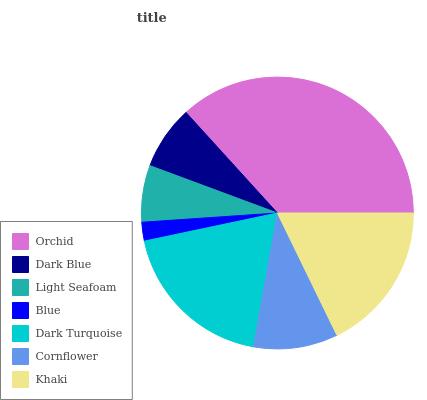
| Orchid | Dark Blue | Light Seafoam | Blue | Dark Turquoise | Cornflower | Khaki |
 | --- | --- | --- | --- | --- | --- | --- |
 | 36.7% | 7.6% | 6.72% | 2.23% | 18.9% | 10% | 17.8% |